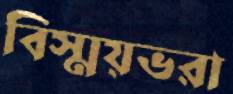
বিস্ময়ভরা